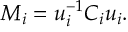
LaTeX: M _ { i } = u _ { i } ^ { - 1 } C _ { i } u _ { i } .